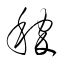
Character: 穉